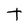
Character: t